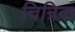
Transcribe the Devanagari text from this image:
चित्रिक